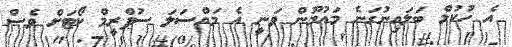
އެ ހުކުމް ބަލައިނުގަނެ މައުމޫން ވަނީ އެ މައްސަލަ ސުޕްރީމް ކޯޓަށް ވެސް